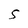
Character: S